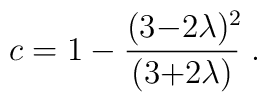
c = 1-\frac{(3{-}2\lambda)^2\!}{(3{+}2\lambda)}~.